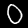
Digit: 0